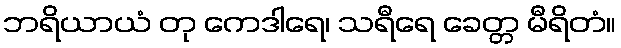
ဘရိယာယံ တု ကေဒါရေ၊ သရီရေ ခေတ္တ မီရိတံ။